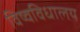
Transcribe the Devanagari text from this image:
विष्वविधालय